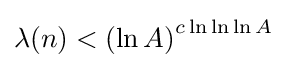
\lambda (n)<\left(\ln A\right)^{c\ln \ln \ln A}